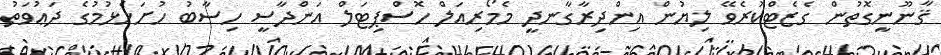
ޤާނޫނީގޮތުން ގެޒެޓްކުރެވޭ ލިޔުން އިންދިރާގާނދީ މެމޯރިއަލް ހޮސްޕިޓަލް އަންދާސީ ހިސާބު ހުށަހެޅުމުގެ ދަޢުވަތު